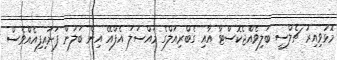
މޮޅުވިއިރު ޗެލްސީ ބަލިވެއްޖެކޮސްޓާ އާއި ގެބްރިއަލްގެ މައްސަލަ އެފްއޭ އިން ބަލަން ފަށައިފިއެއްވެސް